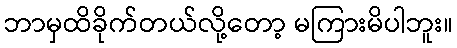
ဘာမှထိခိုက်တယ်လို့တော့ မကြားမိပါဘူး။